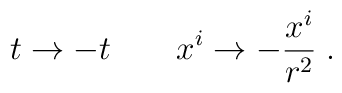
t \to -t \qquad  x^i \to -{x^i \over r^2} \; .